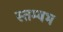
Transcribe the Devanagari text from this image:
स्तम्बभ